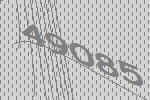
49085